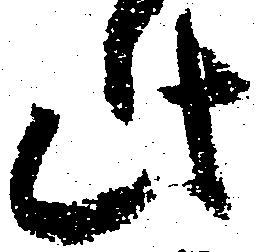
此